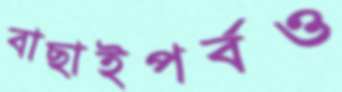
বাছাইপর্বও